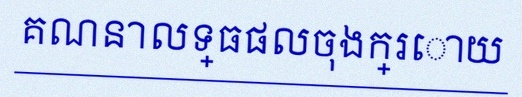
គណនាលទ្ធផលចុងក្រោយ